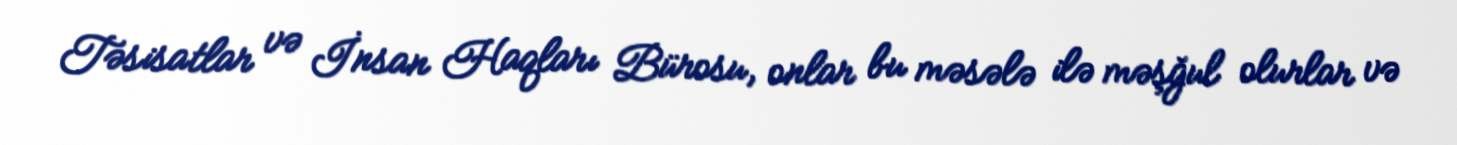
Təsisatlar və İnsan Haqları Bürosu, onlar bu məsələ ilə məşğul olurlar və